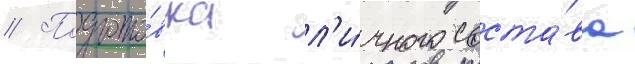
// Подгото́вка л'и́чного соста́ва